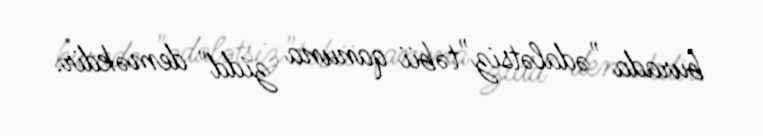
burada "ədalətsiz"təbii qanuna zidd" deməkdir.